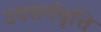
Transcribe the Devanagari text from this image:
उपसर्गवृत्ति